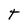
Character: t